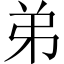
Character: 弟